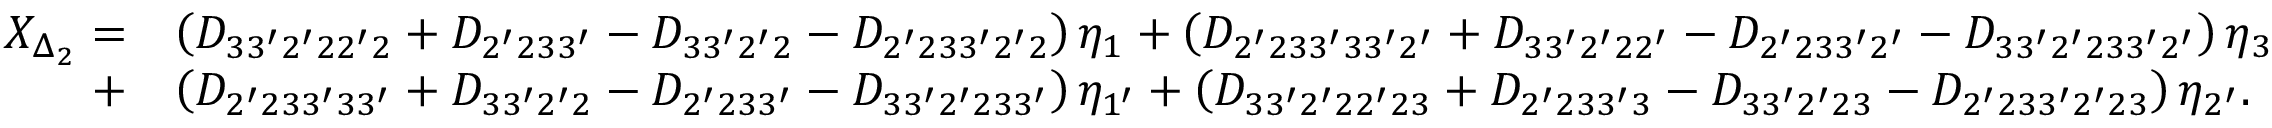
\begin{array} { r l } { X _ { \Delta _ { 2 } } = } & { \left( { { D _ { 3 3 ^ { \prime } 2 ^ { \prime } 2 2 ^ { \prime } 2 } } + { D _ { 2 ^ { \prime } 2 3 3 ^ { \prime } } } - { D _ { 3 3 ^ { \prime } 2 ^ { \prime } 2 } } - { D _ { 2 ^ { \prime } 2 3 3 ^ { \prime } 2 ^ { \prime } 2 } } } \right) { \eta _ { 1 } } + \left( { { D _ { 2 ^ { \prime } 2 3 3 ^ { \prime } 3 3 ^ { \prime } 2 ^ { \prime } } } + { D _ { 3 3 ^ { \prime } 2 ^ { \prime } 2 2 ^ { \prime } } } - { D _ { 2 ^ { \prime } 2 3 3 ^ { \prime } 2 ^ { \prime } } } - { D _ { 3 3 ^ { \prime } 2 ^ { \prime } 2 3 3 ^ { \prime } 2 ^ { \prime } } } } \right) { \eta _ { 3 } } } \\ { + } & { \left( { { D _ { 2 ^ { \prime } 2 3 3 ^ { \prime } 3 3 ^ { \prime } } } + { D _ { 3 3 ^ { \prime } 2 ^ { \prime } 2 } } - { D _ { 2 ^ { \prime } 2 3 3 ^ { \prime } } } - { D _ { 3 3 ^ { \prime } 2 ^ { \prime } 2 3 3 ^ { \prime } } } } \right) { \eta _ { 1 ^ { \prime } } } + \left( { { D _ { 3 3 ^ { \prime } 2 ^ { \prime } 2 2 ^ { \prime } 2 3 } } + { D _ { 2 ^ { \prime } 2 3 3 ^ { \prime } 3 } } - { D _ { 3 3 ^ { \prime } 2 ^ { \prime } 2 3 } } - { D _ { 2 ^ { \prime } 2 3 3 ^ { \prime } 2 ^ { \prime } 2 3 } } } \right) { \eta _ { 2 ^ { \prime } } } . } \end{array}